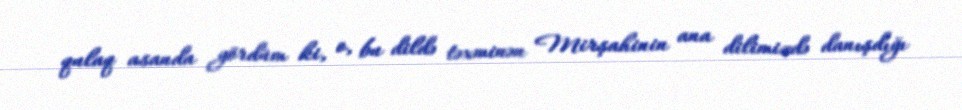
qulaq asanda gördüm ki, o, bu dildə təxminən Mirşahinin ana dilimizdə danışdığı